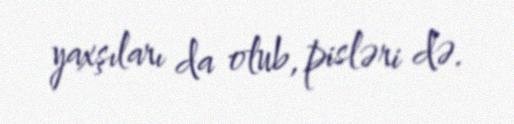
yaxşıları da olub, pisləri də.